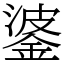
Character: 錃